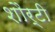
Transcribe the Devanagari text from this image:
शौर्टी